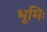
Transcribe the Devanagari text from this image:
भूमिः